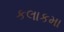
કલાકમા